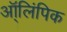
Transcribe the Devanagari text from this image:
ऑ्लिंपिक